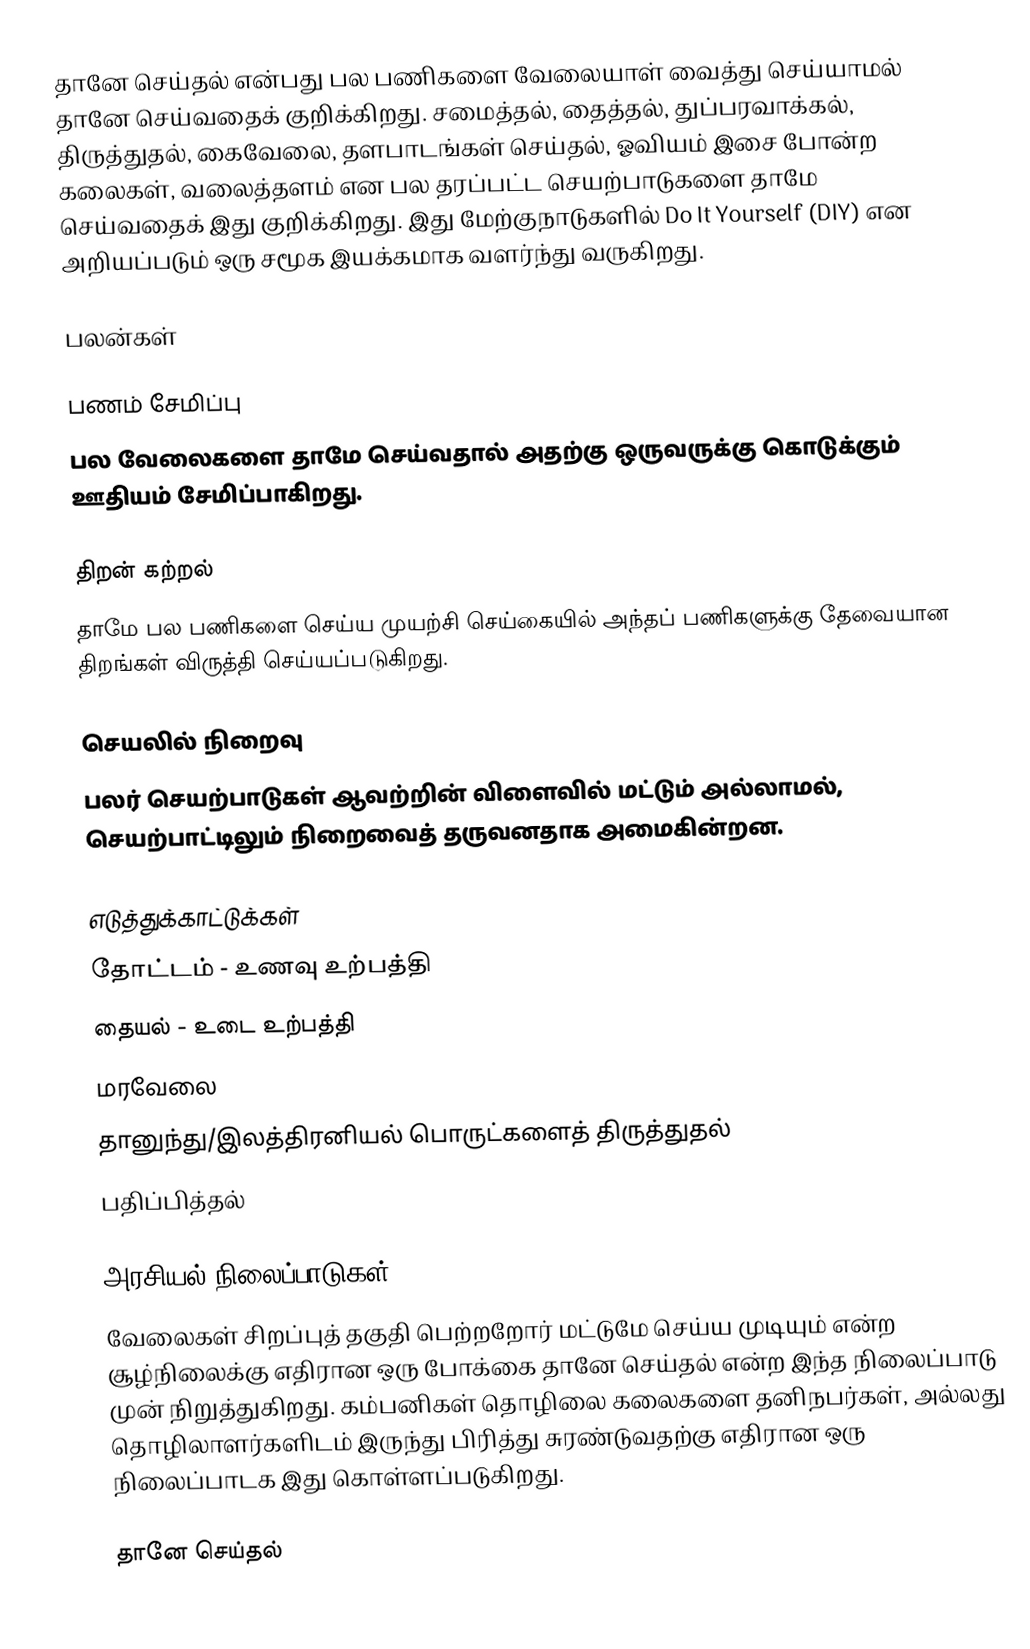
தானே செய்தல் என்பது பல பணிகளை வேலையாள் வைத்து செய்யாமல் தானே செய்வதைக் குறிக்கிறது. சமைத்தல், தைத்தல், துப்பரவாக்கல், திருத்துதல், கைவேலை, தளபாடங்கள் செய்தல், ஓவியம் இசை போன்ற கலைகள், வலைத்தளம் என பல தரப்பட்ட செயற்பாடுகளை தாமே செய்வதைக் இது குறிக்கிறது. இது மேற்குநாடுகளில் Do It Yourself (DIY) என அறியப்படும் ஒரு சமூக இயக்கமாக வளர்ந்து வருகிறது.

பலன்கள்

பணம் சேமிப்பு
பல வேலைகளை தாமே செய்வதால் அதற்கு ஒருவருக்கு கொடுக்கும் ஊதியம் சேமிப்பாகிறது.

திறன் கற்றல்
தாமே பல பணிகளை செய்ய முயற்சி செய்கையில் அந்தப் பணிகளுக்கு தேவையான திறங்கள் விருத்தி செய்யப்படுகிறது.

செயலில் நிறைவு
பலர் செயற்பாடுகள் ஆவற்றின் விளைவில் மட்டும் அல்லாமல், செயற்பாட்டிலும் நிறைவைத் தருவனதாக அமைகின்றன.

எடுத்துக்காட்டுக்கள்
 தோட்டம் - உணவு உற்பத்தி
 தையல் - உடை உற்பத்தி
 மரவேலை
 தானுந்து/இலத்திரனியல் பொருட்களைத் திருத்துதல்
 பதிப்பித்தல்

அரசியல் நிலைப்பாடுகள்
வேலைகள் சிறப்புத் தகுதி பெற்றறோர் மட்டுமே செய்ய முடியும் என்ற சூழ்நிலைக்கு எதிரான ஒரு போக்கை தானே செய்தல் என்ற இந்த நிலைப்பாடு முன் நிறுத்துகிறது. கம்பனிகள் தொழிலை கலைகளை தனிநபர்கள், அல்லது தொழிலாளர்களிடம் இருந்து பிரித்து சுரண்டுவதற்கு எதிரான ஒரு நிலைப்பாடக இது கொள்ளப்படுகிறது.

தானே செய்தல்